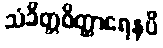
သံခိတ္တဝိတ္ထာရေနပိ